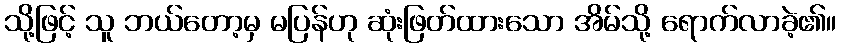
သို့ဖြင့် သူ ဘယ်တော့မှ မပြန်ဟု ဆုံးဖြတ်ထားသော အိမ်သို့ ရောက်လာခဲ့၏။